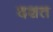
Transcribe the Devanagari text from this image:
दशत